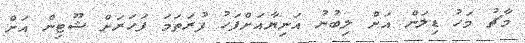
މާޗު މަހު ޑިލަން އަށް ލިބުނު އަނިޔާއަށްފަހު ފުރަތަމަ ފަހަރަށް ޝޫޓިން އަށް